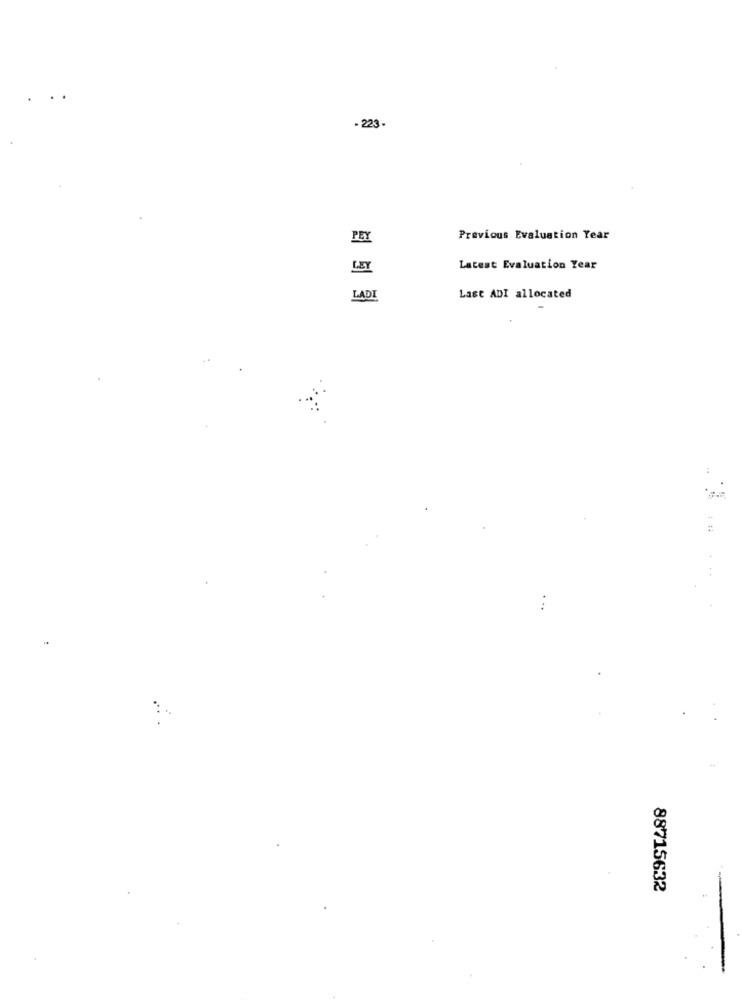
- 223.
PEY
Previous Evaluation Year
LEY
Latest Evaluation Year
LADI
Last ADI allocated
.
88715632